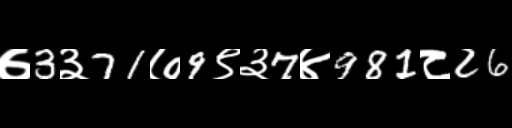
Text: ७3३71७9९३7४981८26